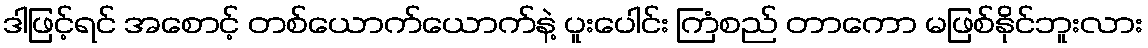
ဒါဖြင့်ရင် အစောင့် တစ်ယောက်ယောက်နဲ့ ပူးပေါင်း ကြံစည် တာကော မဖြစ်နိုင်ဘူးလား